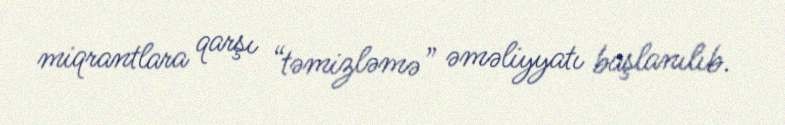
miqrantlara qarşı “təmizləmə” əməliyyatı başlanılıb.